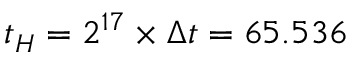
t _ { H } = 2 ^ { 1 7 } \times \Delta t = 6 5 . 5 3 6